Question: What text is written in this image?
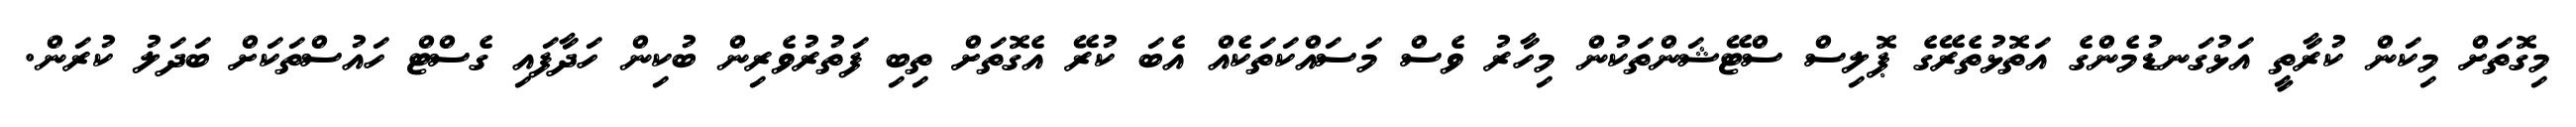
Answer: މިގޮތަށް މިކަން ކުރާތީ އަޅުގަނޑުމެންގެ އަތޮޅުތެރޭގެ ޕޮލިސް ސްޓޭޝަންތަކުން މިހާރު ވެސް މަސައްކަތަކެއް އެބަ ކުރޭ އެގޮތަށް ތިބި ފަތުރުވެރިން ބުކިން ހަދާފައި ގެސްޓް ހައުސްތަކަށް ބަދަލު ކުރަން.